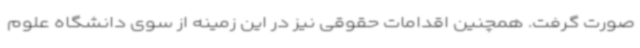
صورت گرفت. همچنین اقدامات حقوقی نیز در این زمینه از سوی دانشگاه علوم